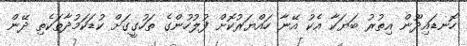
ހޮނޑައިދޫން އިތުރު ބަޔަކާ އެކު އޭނާ ހައްޔަރުކޮށް ފުލުހުންގެ ތަހުގީގަށް ކުޑަކަމުދާތަކެތި ދޭން